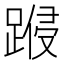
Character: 𨃏